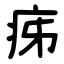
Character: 㾅